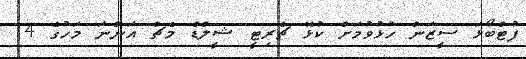
ފުޓްބޯޅަ ސީޒަން ހުޅުވުމަށް ކުޅޭ ޗެރިޓީ ޝީލްޑް މެޗް އަންނަ މަހުގެ 14